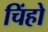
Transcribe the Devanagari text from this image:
चिंहो